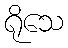
ရိုသေ